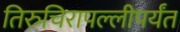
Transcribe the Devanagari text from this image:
तिरुचिरापल्लीपर्यंत